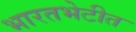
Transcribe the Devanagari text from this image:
भारतभेटीत